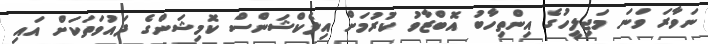
ނަވާރަ ވަނަ މަޖިލީހުގެ އިންތިހާބު އޮބްޒާވު ކުރުމަށް އިލެކްޝަންސް ކޮމިޝަންގެ ދައުވަތަކަށް އައި